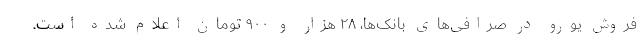
فروش یورو در صرافی‌های بانک‌ها، ۲۸ هزار و ۹۰۰ تومان اعلام شده است.